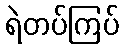
ရဲတပ်ကြပ်